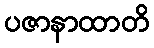
ပဇာနာထာတိ